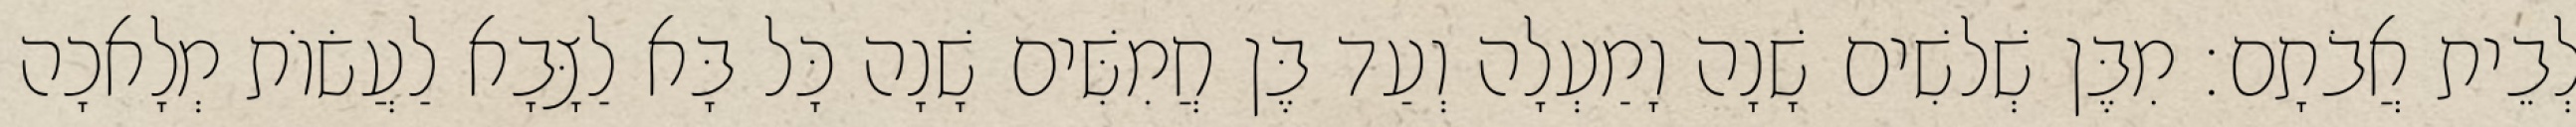
לְבֵית אֲבֹתָם׃ מִבֶּן שְׁלשִׁים שָׁנָה וָמַעְלָה וְעַד בֶּן חֲמִשִּׁים שָׁנָה כָּל בָּא לַצָּבָא לַעֲשׂוֹת מְלָאכָה